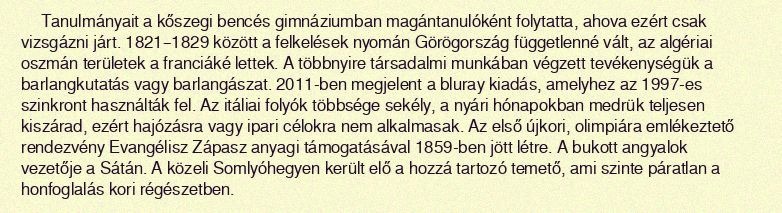
Tanulmányait a kőszegi bencés gimnáziumban magántanulóként folytatta, ahova ezért csak vizsgázni járt. 1821–1829 között a felkelések nyomán Görögország függetlenné vált, az algériai oszmán területek a franciáké lettek. A többnyire társadalmi munkában végzett tevékenységük a barlangkutatás vagy barlangászat. 2011-ben megjelent a bluray kiadás, amelyhez az 1997-es szinkront használták fel. Az itáliai folyók többsége sekély, a nyári hónapokban medrük teljesen kiszárad, ezért hajózásra vagy ipari célokra nem alkalmasak. Az első újkori, olimpiára emlékeztető rendezvény Evangélisz Zápasz anyagi támogatásával 1859-ben jött létre. A bukott angyalok vezetője a Sátán. A közeli Somlyóhegyen került elő a hozzá tartozó temető, ami szinte páratlan a honfoglalás kori régészetben.